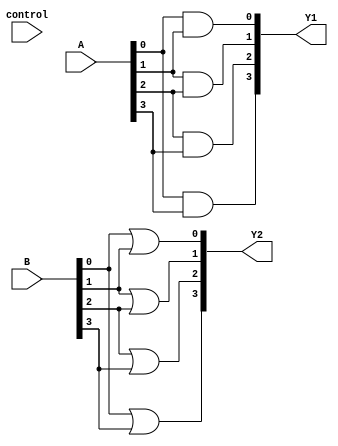
module AdjacencyGroups (
    input wire [3:0] A,        // 4 input signals (A[0], A[1], A[2], A[3])
    input wire [3:0] B,        // Another set of 4 input signals (B[0], B[1], B[2], B[3])
    input wire control,         // Control signal to select logic operation
    output wire [3:0] Y1,      // Output from Group 1
    output wire [3:0] Y2       // Output from Group 2
);

// Group 1: Perform AND operation on inputs A
assign Y1[0] = A[0] & A[1]; // AND operation on A[0] and A[1]
assign Y1[1] = A[1] & A[2]; // AND operation on A[1] and A[2]
assign Y1[2] = A[2] & A[3]; // AND operation on A[2] and A[3]
assign Y1[3] = A[0] & A[3]; // AND operation on A[0] and A[3]

// Group 2: Perform OR operation on inputs B
assign Y2[0] = B[0] | B[1]; // OR operation on B[0] and B[1]
assign Y2[1] = B[1] | B[2]; // OR operation on B[1] and B[2]
assign Y2[2] = B[2] | B[3]; // OR operation on B[2] and B[3]
assign Y2[3] = B[0] | B[3]; // OR operation on B[0] and B[3]

// Inter-group connection example based on control signal
wire [3:0] final_output;
assign final_output = control ? Y1 : Y2; // Select output based on control signal

endmodule